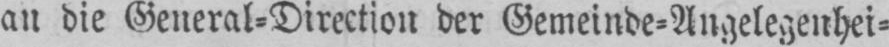
an die General⸗Direction der Gemeinde⸗Angelegenhei⸗